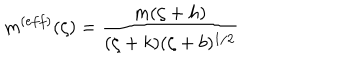
m ^ { ( e f f ) } ( \zeta ) = \frac { m ( \zeta + h ) } { ( \zeta + k ) ( \zeta + b ) ^ { 1 / 2 } }